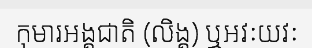
កុមារអង្គជាតិ (លិង្គ) ឬអវៈយវៈ